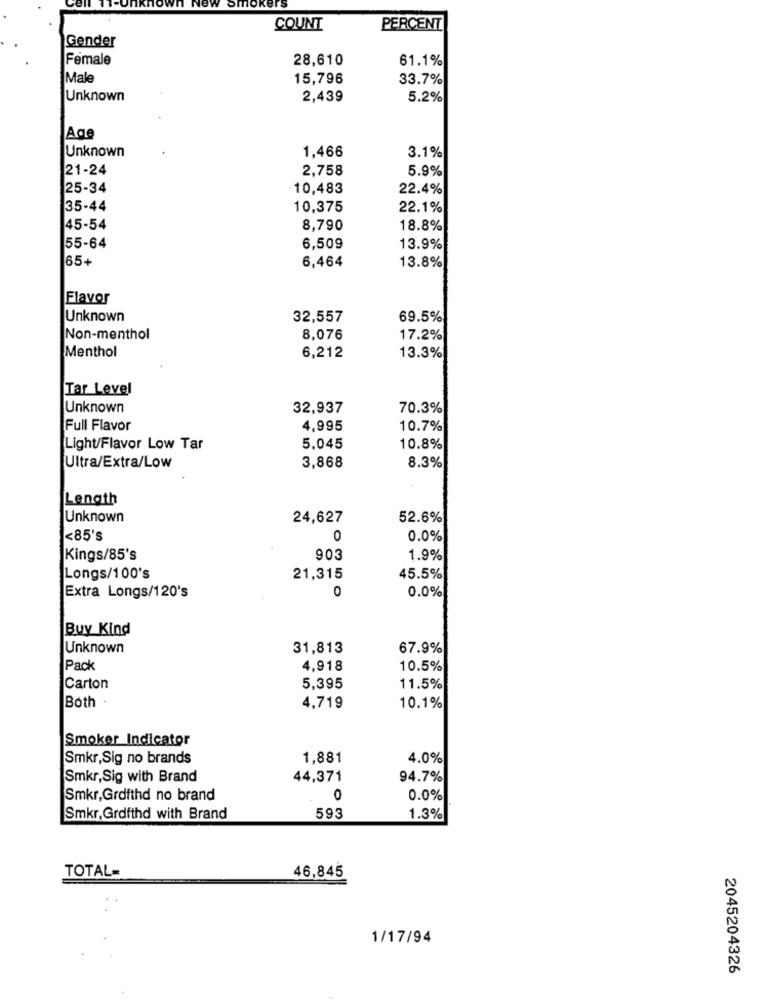
mor
COUNT
PERCENT
Gender
Female
28,610
61.1%
Male
15,796
33.7%
Unknown
2,439
5.2%
Age
Unknown
1,466
3.1%
21-24
2,758
5.9%
25-34
10,483
22.4%
35-44
10,375
22.1%
45-54
8,790
18.8%
55-64
6,509
13.9%
65+
6,464
13.8%
Flavor
Unknown
32,557
69.5%
Non-menthol
8,076
17.2%
Menthol
6,212
13.3%
Tar Level
Unknown
32,937
70.3%
Full Flavor
4,995
10.7%
Light/Flavor Low Tar
5,045
10.8%
3,868
Ultra/Extra/Low
8.3%
Length
Unknown
24,627
52.6%
<85's
0
0.0%
Kings/85's
903
1.9%
Longs/100's
21,315
45.5%
Extra Longs/120's
0
0.0%
Buy Kind
Unknown
31,813
67.9%
Pack
4,918
10.5%
Carton
5,395
11.5%
Both .
4,719
10.1%
Smoker Indicator
Smkr,Sig no brands
1,881
4.0%
Smkr,Sig with Brand
44,371
94.7%
Smkr,Grofthd no brand
O
0.0%
Smkr, Grofthd with Brand
593
1.3%
TOTAL=
46,845
1/17/94
2045204326